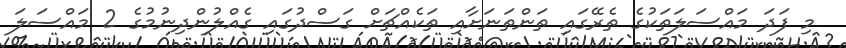
މި ފަދަ މައްސަލަތަކުގެ ތެރޭގައި ތަންތަނަށާއި ތަކެއްޗަށް ގަސްދުގައި ގެއްލުންދިނުމުގެ 2 މައްސަލަ